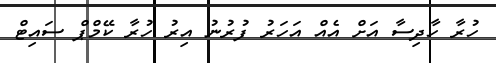
ހުރާ ހާދިސާ އަށް އެއް އަހަރު ފުރުނު އިރު ހުރާ ކޭމްޕް ސައިޓް